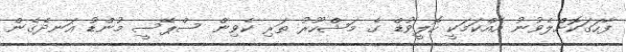
ފާހަގަކޮށްލެވުނު އެއްކަމަކީ ހޮލީވުޑް ގެ މަޝްހޫރު ތަރި ކެވިން ސްޕޭސީ މުންޑު އަނދެގެން